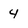
Character: 4